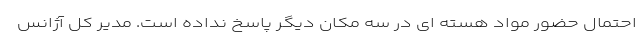
احتمال حضور مواد هسته ای در سه مکان دیگر پاسخ نداده است. مدیر کل آژانس